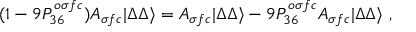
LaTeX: ( 1 - 9 P _ { 3 6 } ^ { o \sigma f c } ) { \cal A } _ { \sigma f c } | \Delta \Delta \rangle = { \cal A } _ { \sigma f c } | \Delta \Delta \rangle - 9 P _ { 3 6 } ^ { o \sigma f c } { \cal A } _ { \sigma f c } | \Delta \Delta \rangle \ ,